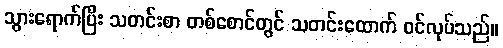
သွားရောက်ပြီး သတင်းစာ တစ်စောင်တွင် သတင်းထောက် ဝင်လုပ်သည်။